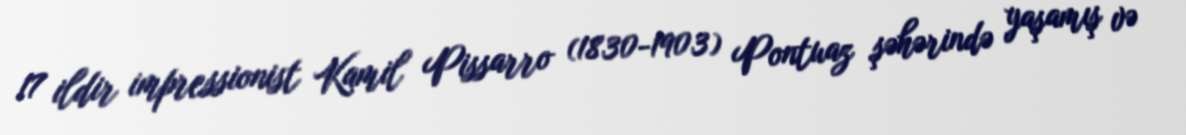
17 ildir impressionist Kamil Pissarro (1830-1903) Pontuaz şəhərində yaşamış və